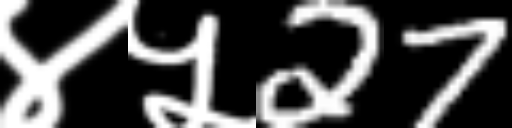
Text: ४५27